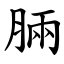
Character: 脼